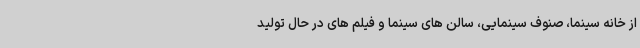
از خانه سینما، صنوف سینمایی، سالن های سینما و فیلم های در حال تولید